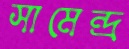
সামেন্দ্র